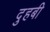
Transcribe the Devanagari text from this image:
दुहबी